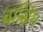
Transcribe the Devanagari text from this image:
बासिंग